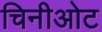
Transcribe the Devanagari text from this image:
चिनीओट